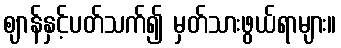
ဈာန်နှင့်ပတ်သက်၍ မှတ်သားဖွယ်ရာများ။